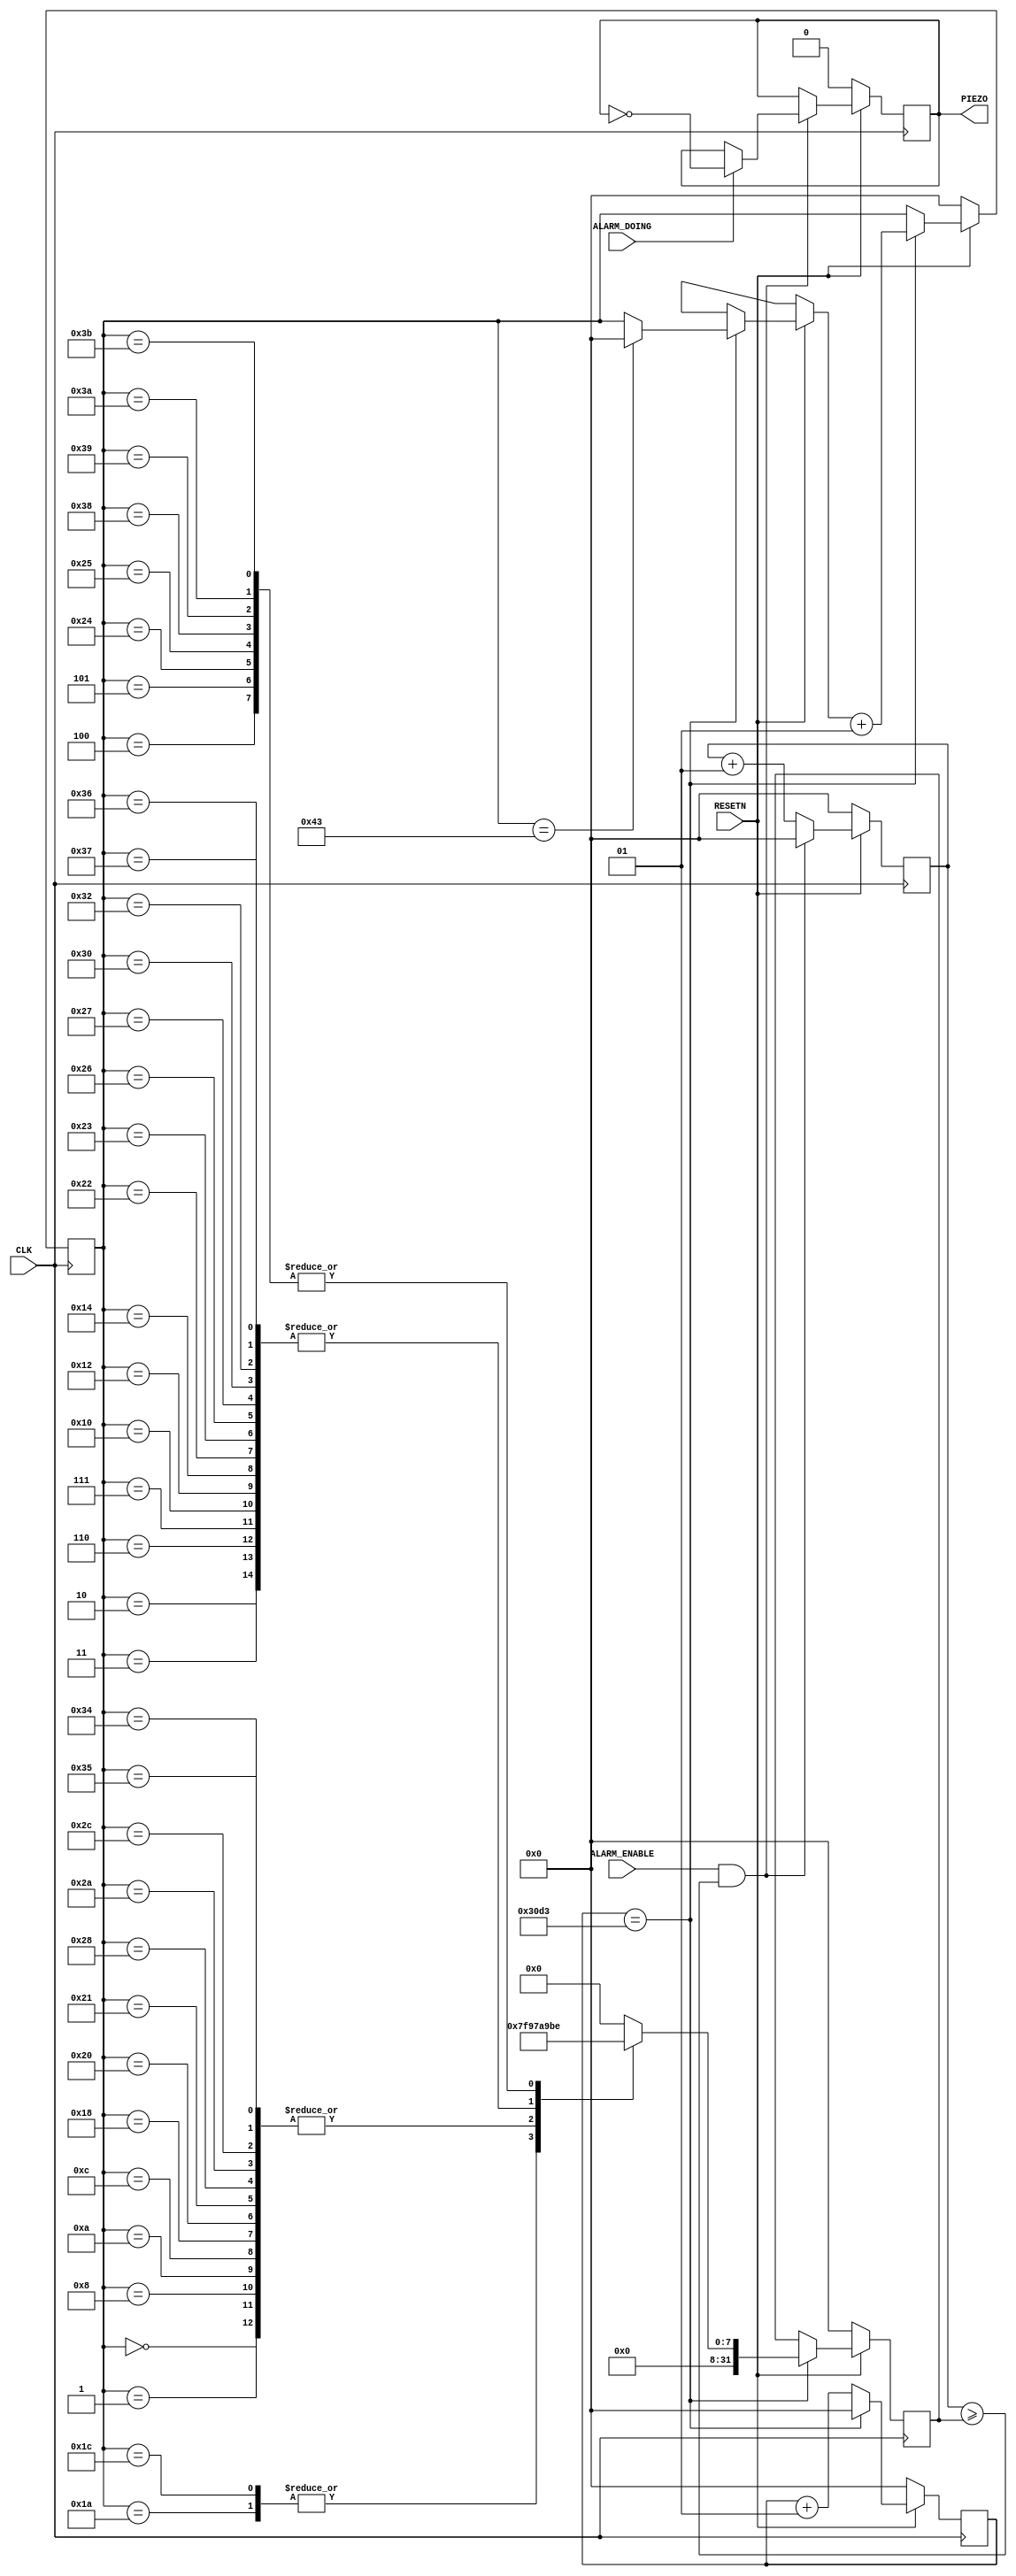
// PIEZO
module PIEZO_UNIT(
	RESETN, CLK,
	ALARM_ENABLE, ALARM_DOING,
	PIEZO
);

input RESETN, CLK;
input ALARM_ENABLE, ALARM_DOING;
output wire PIEZO;

reg BUFF;

integer CNT, ORDER;
integer CNT_SOUND;
integer LIMIT;

parameter DO = 190,
			 RAE = 169,
			 MI = 151,
			 FA = 142,
			 SOL = 127,
			 RA = 113,
			 SI = 100,
			 HDO = 95;

always @(posedge CLK)
begin
	if(~RESETN)
		begin
			CNT = 0;
			ORDER = 0;
			LIMIT = 0;
		end
	else
		begin
			if(CNT == 12499)
				begin
					CNT = 0;
					case(ORDER)  // airplain
						0: begin LIMIT = MI; end
						1: begin LIMIT = MI; end
						2: begin LIMIT = RAE; end
						3: begin LIMIT = RAE; end
						4: begin LIMIT = DO; end
						5: begin LIMIT = DO; end
						6: begin LIMIT = RAE; end
						7: begin LIMIT = RAE; end
						8: begin LIMIT = MI; end
						9: begin LIMIT = 0; end
						10: begin LIMIT = MI; end
						11: begin LIMIT = 0; end
						12: begin LIMIT = MI; end
						13: begin LIMIT = 0; end
						14: begin LIMIT = 0; end
						15: begin LIMIT = 0; end
						16: begin LIMIT = RAE; end
						17: begin LIMIT = 0; end
						18: begin LIMIT = RAE; end
						19: begin LIMIT = 0; end
						20: begin LIMIT = RAE; end
						21: begin LIMIT = 0; end
						22: begin LIMIT = 0; end
						23: begin LIMIT = 0; end
						24: begin LIMIT = MI; end
						25: begin LIMIT = 0; end
						26: begin LIMIT = SOL; end
						27: begin LIMIT = 0; end
						28: begin LIMIT = SOL; end
						29: begin LIMIT = 0; end
						30: begin LIMIT = 0; end
						31: begin LIMIT = 0; end
						32: begin LIMIT = MI; end
						33: begin LIMIT = MI; end
						34: begin LIMIT = RAE; end
						35: begin LIMIT = RAE; end
						36: begin LIMIT = DO; end
						37: begin LIMIT = DO; end
						38: begin LIMIT = RAE; end
						39: begin LIMIT = RAE; end
						40: begin LIMIT = MI; end
						41: begin LIMIT = 0; end
						42: begin LIMIT = MI; end
						43: begin LIMIT = 0; end
						44: begin LIMIT = MI; end
						45: begin LIMIT = 0; end
						46: begin LIMIT = 0; end
						47: begin LIMIT = 0; end
						48: begin LIMIT = RAE; end
						49: begin LIMIT = 0; end
						50: begin LIMIT = RAE; end
						51: begin LIMIT = 0; end
						52: begin LIMIT = MI; end
						53: begin LIMIT = MI; end
						54: begin LIMIT = RAE; end
						55: begin LIMIT = RAE; end
						56: begin LIMIT = DO; end
						57: begin LIMIT = DO; end
						58: begin LIMIT = DO; end
						59: begin LIMIT = DO; end
						60: begin LIMIT = 0; end
						61: begin LIMIT = 0; end
						62: begin LIMIT = 0; end
						63: begin LIMIT = 0; end
						64: begin LIMIT = 0; end
						65: begin LIMIT = 0; end
						66: begin LIMIT = 0; end
						67: begin LIMIT = 0; ORDER = 0; end
						default: LIMIT = 0;
					endcase
					ORDER = ORDER + 1;
				end
			else
				CNT = CNT + 1;
		end
end

always @(posedge CLK)
begin
	if(~RESETN)
		begin
			BUFF = 1'b0;
			CNT_SOUND = 0;
		end
	else
		begin
			if((ALARM_ENABLE == 1'b1) && (CNT_SOUND >= LIMIT))
				begin
					CNT_SOUND = 0;
					if(ALARM_DOING == 1'b1)
						BUFF = ~BUFF;
				end
			else
				CNT_SOUND = CNT_SOUND + 1;
		end
end

assign PIEZO = BUFF;

endmodule